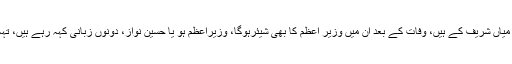
جسٹس اعجاز الاحسن نے مزید اپنے ریمارکس میں کہا کہ بحث کے لیے مانتے ہیں فلیٹس میاں شریف کے ہیں، وفات کے بعد ان میں وزیر اعظم کا بھی شیئرہوگا، وزیراعظم ہو یا حسین نواز، دونوں زبانی کہہ رہے ہیں، تہہ در تہہ آف شور کمپنیاں قائم کی گئی ہیں، کمپنیوں، اثاثوں کی ملکیت اور فنڈز واضح نہیں۔